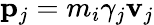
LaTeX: \mathbf{p}_{j}=m_{i}\gamma_{j}\mathbf{v}_{j}